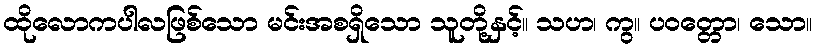
ထိုလောကပါလဖြစ်သော မင်းအစရှိသော သူတို့နှင့်။ သဟ၊ ကွ။ ပဝတ္တော၊ သော။